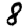
Digit: 8